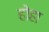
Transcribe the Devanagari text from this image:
होहा